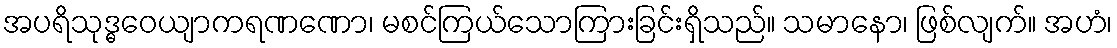
အပရိသုဒ္ဓဝေယျာကရဏဏော၊ မစင်ကြယ်သောကြားခြင်းရှိသည်။ သမာနော၊ ဖြစ်လျက်။ အဟံ၊